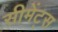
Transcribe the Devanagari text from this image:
सीमेंट्स